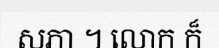
សភា ។ លោក ក៏